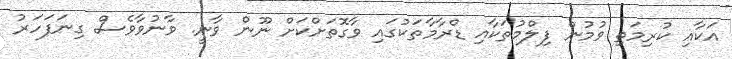
އަކާއި ކުރިމަތި ވުމުން ފިލްމުތަކާއި ޑްރާމާތަކުގައި ވާގޮތަށްކަށް ނޫން ވާނީ. ވާނުވާވެސް ގިނަފަހަރު